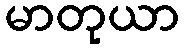
မာတုယာ